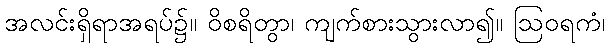
အလင်းရှိရာအရပ်၌။ ဝိစရိတွာ၊ ကျက်စားသွားလာ၍။ ဩဝရကံ၊